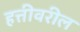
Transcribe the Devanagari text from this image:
हत्तीवरील